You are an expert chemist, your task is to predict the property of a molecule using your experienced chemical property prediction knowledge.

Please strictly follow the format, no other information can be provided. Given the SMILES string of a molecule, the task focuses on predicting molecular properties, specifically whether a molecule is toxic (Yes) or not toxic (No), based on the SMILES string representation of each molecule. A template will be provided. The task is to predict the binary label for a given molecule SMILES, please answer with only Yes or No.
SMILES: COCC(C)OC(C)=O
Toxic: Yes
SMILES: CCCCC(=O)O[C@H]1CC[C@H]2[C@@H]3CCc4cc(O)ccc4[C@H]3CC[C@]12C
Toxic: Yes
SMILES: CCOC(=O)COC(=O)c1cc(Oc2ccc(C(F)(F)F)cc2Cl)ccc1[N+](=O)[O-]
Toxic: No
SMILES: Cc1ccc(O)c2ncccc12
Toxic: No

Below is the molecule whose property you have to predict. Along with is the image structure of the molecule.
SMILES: CNC(=O)Oc1cccc(C(C)C)c1
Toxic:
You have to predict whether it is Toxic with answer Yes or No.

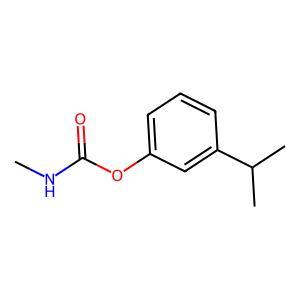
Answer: No